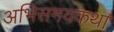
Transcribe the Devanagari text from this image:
अभिसमयकथा